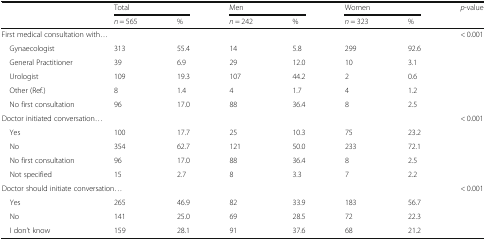
<table><thead><tr><td rowspan="2"></td><td colspan="2"><b>Total</b></td><td colspan="2"><b>Men</b></td><td colspan="2"><b>Women</b></td><td rowspan="2"><b><i>p</i>-value</b></td></tr><tr><td><b><i>n</i> = 565</b></td><td><b>%</b></td><td><b><i>n</i> = 242</b></td><td><b>%</b></td><td><b><i>n</i> = 323</b></td><td><b>%</b></td></tr></thead><tbody><tr><td colspan="3">First medical consultation with...</td><td></td><td></td><td></td><td></td><td>&lt; 0.001</td></tr><tr><td> Gynaecologist</td><td>313</td><td>55.4</td><td>14</td><td>5.8</td><td>299</td><td>92.6</td><td></td></tr><tr><td> General Practitioner</td><td>39</td><td>6.9</td><td>29</td><td>12.0</td><td>10</td><td>3.1</td><td></td></tr><tr><td> Urologist</td><td>109</td><td>19.3</td><td>107</td><td>44.2</td><td>2</td><td>0.6</td><td></td></tr><tr><td> Other (Ref.)</td><td>8</td><td>1.4</td><td>4</td><td>1.7</td><td>4</td><td>1.2</td><td></td></tr><tr><td> No first consultation</td><td>96</td><td>17.0</td><td>88</td><td>36.4</td><td>8</td><td>2.5</td><td></td></tr><tr><td colspan="4">Doctor initiated conversation...</td><td></td><td></td><td></td><td>&lt; 0.001</td></tr><tr><td> Yes</td><td>100</td><td>17.7</td><td>25</td><td>10.3</td><td>75</td><td>23.2</td><td></td></tr><tr><td> No</td><td>354</td><td>62.7</td><td>121</td><td>50.0</td><td>233</td><td>72.1</td><td></td></tr><tr><td> No first consultation</td><td>96</td><td>17.0</td><td>88</td><td>36.4</td><td>8</td><td>2.5</td><td></td></tr><tr><td> Not specified</td><td>15</td><td>2.7</td><td>8</td><td>3.3</td><td>7</td><td>2.2</td><td></td></tr><tr><td colspan="5">Doctor should initiate conversation...</td><td></td><td></td><td>&lt; 0.001</td></tr><tr><td> Yes</td><td>265</td><td>46.9</td><td>82</td><td>33.9</td><td>183</td><td>56.7</td><td></td></tr><tr><td> No</td><td>141</td><td>25.0</td><td>69</td><td>28.5</td><td>72</td><td>22.3</td><td></td></tr><tr><td> I don’t know</td><td>159</td><td>28.1</td><td>91</td><td>37.6</td><td>68</td><td>21.2</td><td></td></tr></tbody></table>